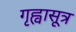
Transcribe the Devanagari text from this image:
गृह्वासूत्र